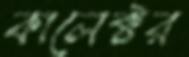
কালেক্টর